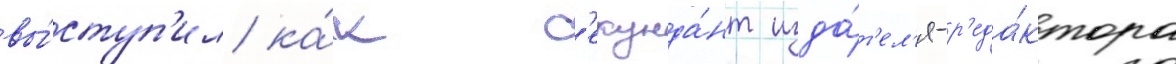
вы́ступ'ил ка́к с'екунда́нт изда́т'ел'я-р'еда́ктора